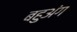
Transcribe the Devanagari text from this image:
बहुअंग